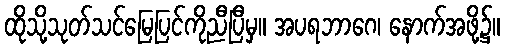
ထိုသို့သုတ်သင်မြေပြင်ကိုညီပြီမှ။ အပရဘာဂေ၊ နောက်အဖို့၌။